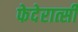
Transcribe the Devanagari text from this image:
फेदेरात्सी